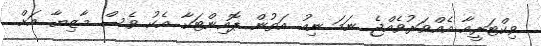
ވިކްޓަރީއާ އެއްވަރުވެއްޖެ ނަމަ ނިއު އަތުން ޕޮއިންޓަކާ އެކު ވެސް މާޒިޔާ އަށް